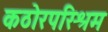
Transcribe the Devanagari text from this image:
कठोरपरिश्रम